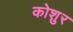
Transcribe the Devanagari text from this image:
कोशुर